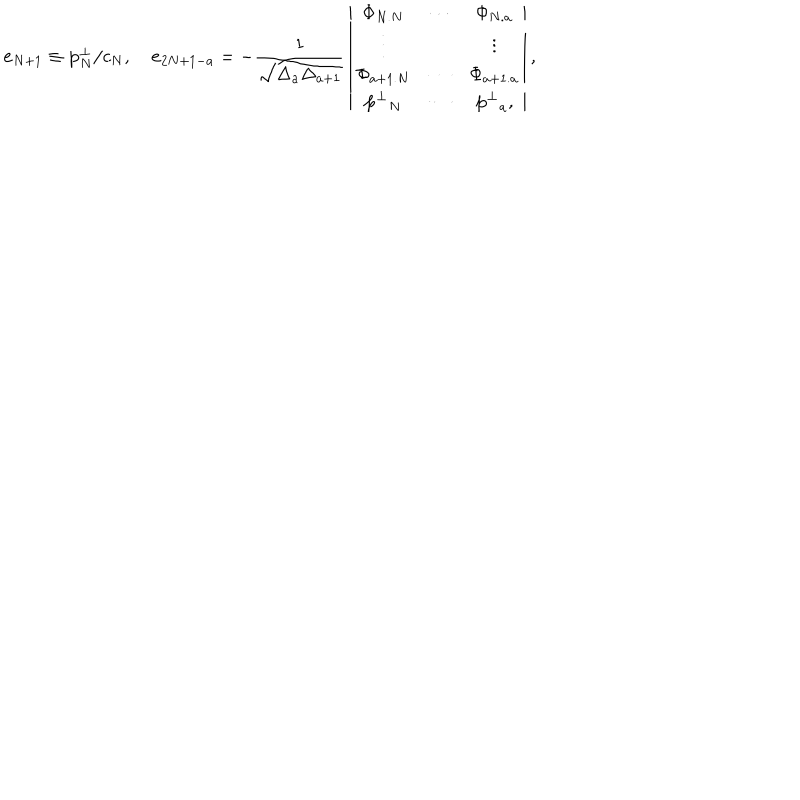
{ \bf e } _ { N + 1 } \equiv { \bf p } _ { N } ^ { \bot } / c _ { N } , \quad { \bf e } _ { 2 N + 1 - a } = - { \frac { 1 } { \sqrt { \Delta _ { a } \Delta _ { a + 1 } } } } \left| \begin{array} { c c c } { { { \Phi } _ { N . N } } } & { { \cdots } } & { { { \Phi } _ { N . a } } } \\ { { \vdots } } & { { } } & { { \vdots } } \\ { { { \Phi } _ { a + 1 . N } } } & { { \cdots } } & { { { \Phi } _ { a + 1 . a } } } \\ { { { { \bf p } ^ { \bot } } _ { N } } } & { { \cdots } } & { { { { \bf p } ^ { \bot } } _ { a } , } } \\ \end{array} \right| ,